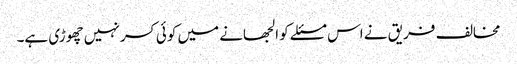
مخالف فریق نے اس مسئلے کو الجھانے میں کوئی کسر نہیں چھوڑی ہے۔